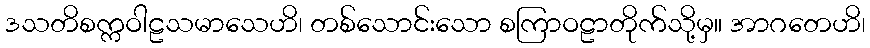
ဒသတိစက္ကဝါဠသမာသေဟိ၊ တစ်သောင်းသော စကြာဝဠာတိုက်သို့မှ။ အာဂတေဟိ၊